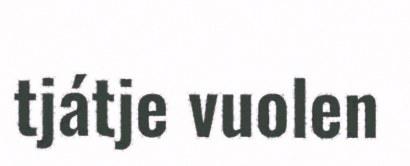
tjátje vuolen